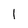
Character: I